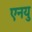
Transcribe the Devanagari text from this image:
एनयु